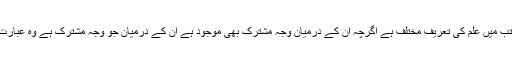
ایک اہم نکتہ جس سے غافل نہیں رہنا چاہیے یہ ہے کہ مخلتف مکاتب میں علم کی تعریف مختلف ہے اگرچہ ان کے درمیان وجہ مشترک بھی موجود ہے ان کے درمیان جو وجہ مشترک ہے وہ عبارت ہے : کسی بھی چیز کا جاننا کہ انسان اس سے پہلے نہیں جانتا ہو۔